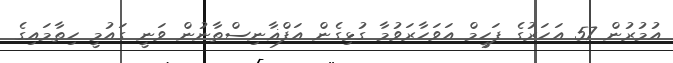
އުމުރުން 57 އަހަރުގެ ފަހީމް އަވަހާރަވުމާ ގުޅިގެން އަފްޣާނިސްތާނުން ވަނީ ގައުމީ ހިތާމައިގެ